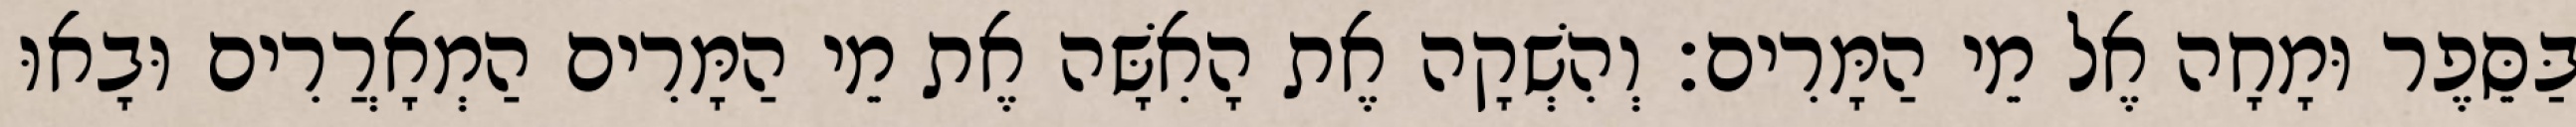
בַּסֵּפֶר וּמָחָה אֶל מֵי הַמָּרִים׃ וְהִשְׁקָה אֶת הָאִשָּׁה אֶת מֵי הַמָּרִים הַמְאָרֲרִים וּבָאוּ